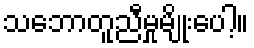
သဘောတူညီမှုမျိုးပေါ့။